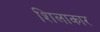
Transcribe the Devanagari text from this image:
शिलाकार